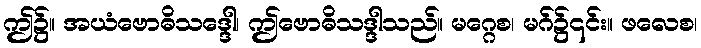
ဤ၌။ အယံဗောဓိသဒ္ဒေါ၊ ဤဗောဓိသဒ္ဒါသည်။ မဂ္ဂေစ၊ မဂ်၌၎င်း။ ဖလေစ၊